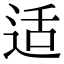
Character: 适